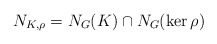
\begin{align*}N_{K,\rho}=N_G(K)\cap N_G(\ker\rho)\end{align*}